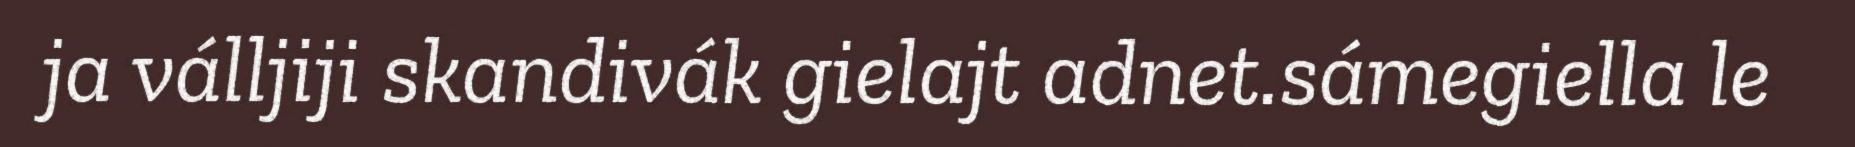
ja válljiji skandivák gielajt adnet.sámegiella le